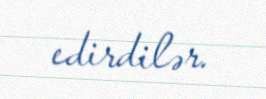
edirdilər.